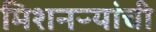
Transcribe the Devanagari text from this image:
मिशनऱ्यांची